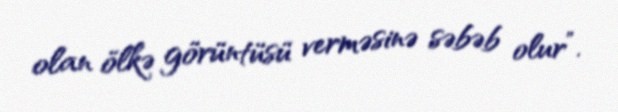
olan ölkə görüntüsü verməsinə səbəb olur”.